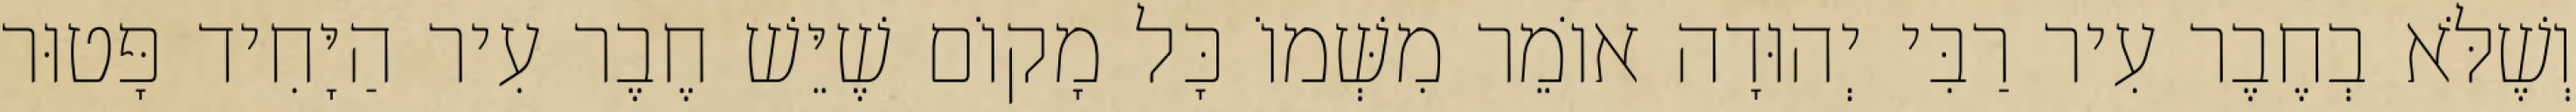
וְשֶׁלֹּא בְחֶבֶר עִיר רַבִּי יְהוּדָה אוֹמֵר מִשְּׁמוֹ כָּל מָקוֹם שֶׁיֵּשׁ חֶבֶר עִיר הַיָּחִיד פָּטוּר